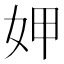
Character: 𭑱